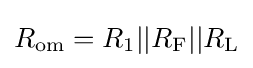
R_{\text{om}}=R_{1}||R_{\text{F}}||R_{\text{L}}